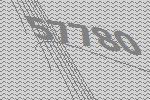
57780